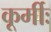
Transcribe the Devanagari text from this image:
कूर्मीः